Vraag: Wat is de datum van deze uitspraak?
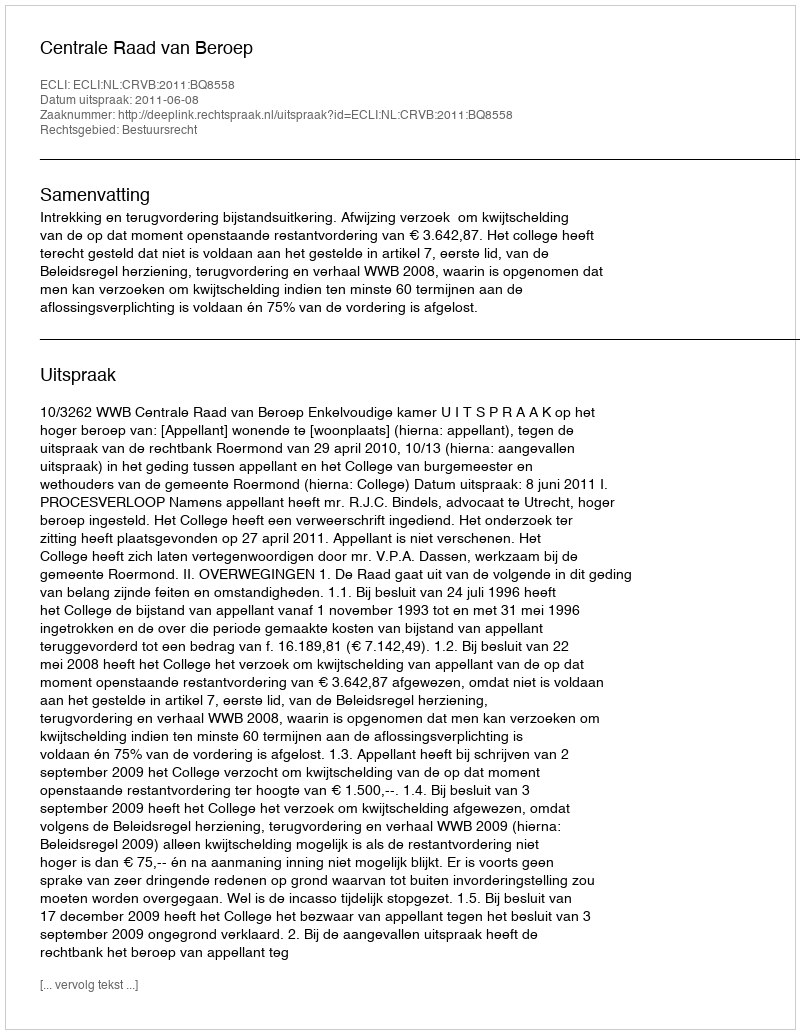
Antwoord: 2011-06-08